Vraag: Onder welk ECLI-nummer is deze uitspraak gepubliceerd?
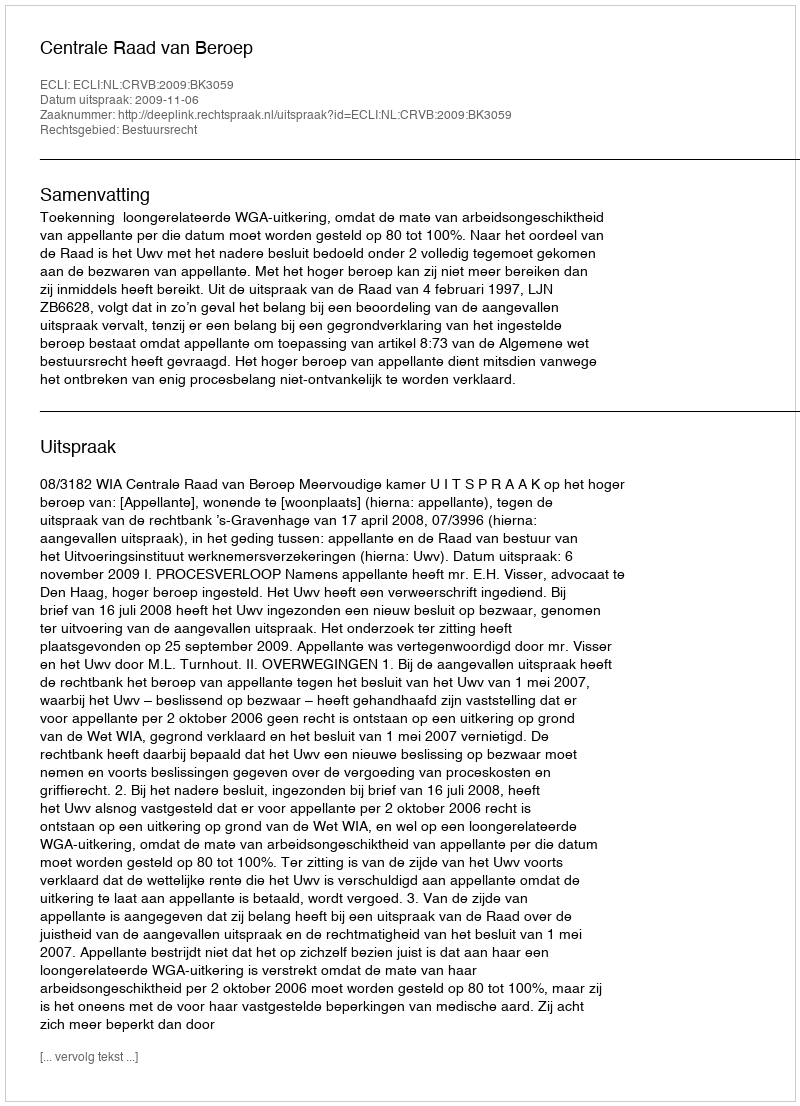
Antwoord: ECLI:NL:CRVB:2009:BK3059